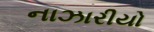
નાઝારીયો